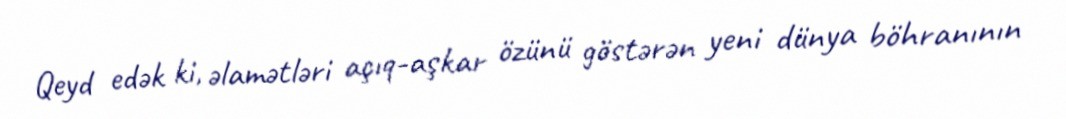
Qeyd edək ki, əlamətləri açıq-aşkar özünü göstərən yeni dünya böhranının